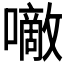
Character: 𰉂